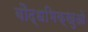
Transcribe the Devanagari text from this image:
बौद्धभिक्खुओं